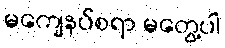
မကျေနပ်စရာ မတွေ့ပါ